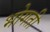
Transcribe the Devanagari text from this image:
भोगती